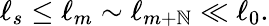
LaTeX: \ell_{s}\le\ell_{m}\sim\ell_{m+\mathbb{N}}\ll\ell_{0}.